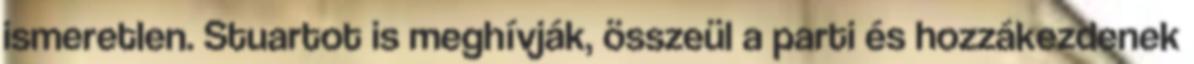
ismeretlen. Stuartot is meghívják, összeül a parti és hozzákezdenek